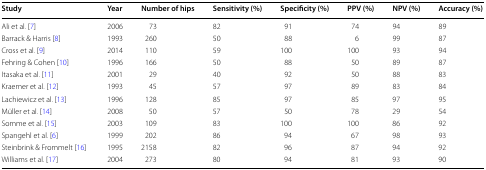
<table><thead><tr><td><b>Study</b></td><td><b>Year</b></td><td><b>Number of hips</b></td><td><b>Sensitivity (%)</b></td><td><b>Specificity (%)</b></td><td><b>PPV (%)</b></td><td><b>NPV (%)</b></td><td><b>Accuracy (%)</b></td></tr></thead><tbody><tr><td>Ali et al. [7]</td><td>2006</td><td>73</td><td>82</td><td>91</td><td>74</td><td>94</td><td>89</td></tr><tr><td>Barrack &amp; Harris [8]</td><td>1993</td><td>260</td><td>50</td><td>88</td><td>6</td><td>99</td><td>87</td></tr><tr><td>Cross et al. [9]</td><td>2014</td><td>110</td><td>59</td><td>100</td><td>100</td><td>93</td><td>94</td></tr><tr><td>Fehring &amp; Cohen [10]</td><td>1996</td><td>166</td><td>50</td><td>88</td><td>50</td><td>89</td><td>87</td></tr><tr><td>Itasaka et al. [11]</td><td>2001</td><td>29</td><td>40</td><td>92</td><td>50</td><td>88</td><td>83</td></tr><tr><td>Kraemer et al. [12]</td><td>1993</td><td>45</td><td>57</td><td>97</td><td>89</td><td>83</td><td>84</td></tr><tr><td>Lachiewicz et al. [13]</td><td>1996</td><td>128</td><td>85</td><td>97</td><td>85</td><td>97</td><td>95</td></tr><tr><td>Müller et al. [14]</td><td>2008</td><td>50</td><td>57</td><td>50</td><td>78</td><td>29</td><td>54</td></tr><tr><td>Somme et al. [15]</td><td>2003</td><td>109</td><td>83</td><td>100</td><td>100</td><td>86</td><td>92</td></tr><tr><td>Spangehl et al. [6]</td><td>1999</td><td>202</td><td>86</td><td>94</td><td>67</td><td>98</td><td>93</td></tr><tr><td>Steinbrink &amp; Frommelt [16]</td><td>1995</td><td>2158</td><td>82</td><td>96</td><td>87</td><td>94</td><td>92</td></tr><tr><td>Williams et al. [17]</td><td>2004</td><td>273</td><td>80</td><td>94</td><td>81</td><td>93</td><td>90</td></tr></tbody></table>